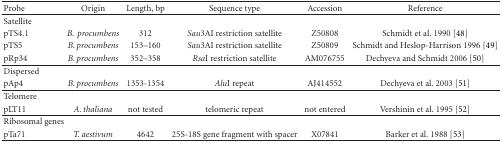
<table><thead><tr><td><b>Probe</b></td><td><b>Origin</b></td><td><b>Length, bp</b></td><td><b>Sequence type</b></td><td><b>Accession</b></td><td><b>Reference</b></td></tr></thead><tbody><tr><td>Satellite</td><td></td><td></td><td></td><td></td><td></td></tr><tr><td>pTS4.1</td><td><i>B. procumbens</i></td><td>312</td><td><i>Sau</i>3AI restriction satellite</td><td>Z50808</td><td>Schmidt et al. 1990 [48]</td></tr><tr><td>pTS5</td><td><i>B. procumbens</i></td><td>153–160</td><td><i>Sau</i>3AI restriction satellite</td><td>Z50809</td><td>Schmidt and Heslop-Harrison 1996 [49]</td></tr><tr><td>pRp34</td><td><i>B. procumbens</i></td><td>352–358</td><td><i>Rsa</i>I restriction satellite</td><td>AM076755</td><td>Dechyeva and Schmidt 2006 [50] </td></tr><tr><td>Dispersed</td><td></td><td></td><td></td><td></td><td></td></tr><tr><td>pAp4</td><td><i>B. procumbens</i></td><td>1353-1354</td><td><i>Alu</i>I repeat</td><td>AJ414552</td><td>Dechyeva et al. 2003 [51]</td></tr><tr><td>Telomere</td><td></td><td></td><td></td><td></td><td></td></tr><tr><td>pLT11</td><td><i>A. thaliana</i></td><td>not tested</td><td>telomeric repeat</td><td>not entered</td><td>Vershinin et al. 1995 [52]</td></tr><tr><td>Ribosomal genes</td><td></td><td></td><td></td><td></td><td></td></tr><tr><td>pTa71</td><td><i>T. aestivum</i></td><td>4642</td><td>25S-18S gene fragment with spacer</td><td>X07841</td><td>Barker et al. 1988 [53]</td></tr></tbody></table>